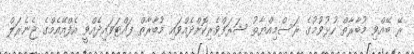
ރޭ ބޭއްވި މުބާރާތް ހުޅުވުމުގެ ރަސްމިއްޔާތު ޝަރަފްވެރިކޮށްދެއްވައި މުބާރާތް ފައްޓަވައިދެއްވީ އެފްއޭއެމްގެ ޖެނެރަލް